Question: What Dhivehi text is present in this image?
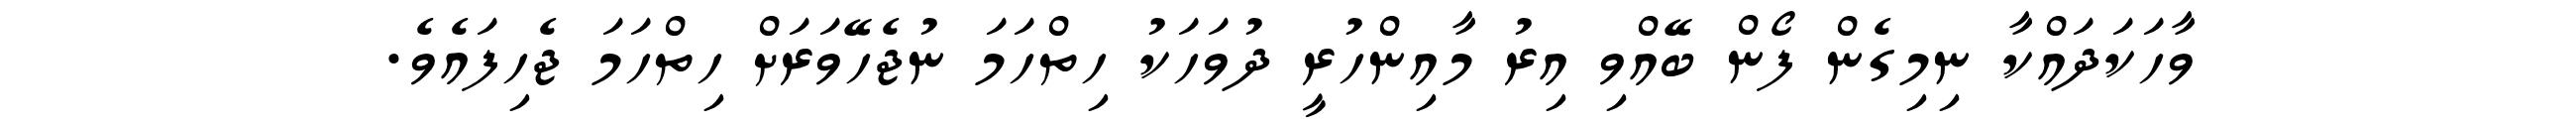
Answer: ވާހަކަދައްކާ ނިމިގެން ފޯން ބޭއްވި އިރު މާއިންހުރީ ދުވަހަކު ހިތްހަމަ ނުޖެހޭވަރަށް ހިތްހަމަ ޖެހިފައެވެ.